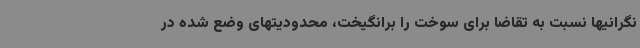
نگرانیها نسبت به تقاضا برای سوخت را برانگیخت، محدودیتهای وضع شده در